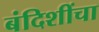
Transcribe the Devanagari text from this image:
बंदिशींचा